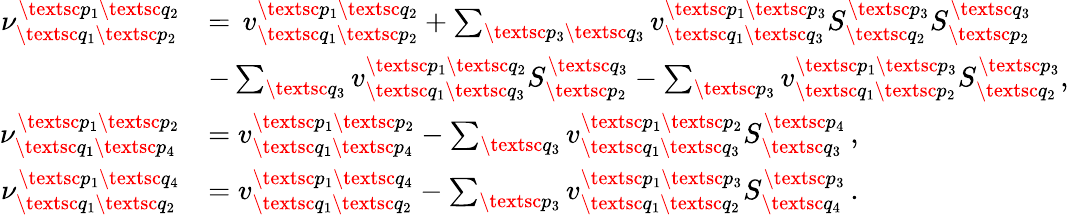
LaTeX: \begin{array}{rl}{\nu_{\textsc{q}_{1}\textsc{p}_{2}}^{\textsc{p}_{1}\textsc{q}_{2}}}&{=\, v_{\textsc{q}_{1}\textsc{p}_{2}}^{\textsc{p}_{1}\textsc{q}_{2}}+\sum_{\textsc{p}_{3}\textsc{q}_{3}}v_{\textsc{q}_{1}\textsc{q}_{3}}^{\textsc{p}_{1}\textsc{p}_{3}}S_{\textsc{q}_{2}}^{\textsc{p}_{3}}S_{\textsc{p}_{2}}^{\textsc{q}_{3}}}\\ &{-\sum_{\textsc{q}_{3}}v_{\textsc{q}_{1}\textsc{q}_{3}}^{\textsc{p}_{1}\textsc{q}_{2}}S_{\textsc{p}_{2}}^{\textsc{q}_{3}}-\sum_{\textsc{p}_{3}}v_{\textsc{q}_{1}\textsc{p}_{2}}^{\textsc{p}_{1}\textsc{p}_{3}}S_{\textsc{q}_{2}}^{\textsc{p}_{3}},}\\ {\nu_{\textsc{q}_{1}\textsc{p}_{4}}^{\textsc{p}_{1}\textsc{p}_{2}}}&{=v_{\textsc{q}_{1}\textsc{p}_{4}}^{\textsc{p}_{1}\textsc{p}_{2}}-\sum_{\textsc{q}_{3}}v_{\textsc{q}_{1}\textsc{q}_{3}}^{\textsc{p}_{1}\textsc{p}_{2}}S_{\textsc{q}_{3}}^{\textsc{p}_{4}}\, ,}\\ {\nu_{\textsc{q}_{1}\textsc{q}_{2}}^{\textsc{p}_{1}\textsc{q}_{4}}}&{=v_{\textsc{q}_{1}\textsc{q}_{2}}^{\textsc{p}_{1}\textsc{q}_{4}}-\sum_{\textsc{p}_{3}}v_{\textsc{q}_{1}\textsc{q}_{2}}^{\textsc{p}_{1}\textsc{p}_{3}}S_{\textsc{q}_{4}}^{\textsc{p}_{3}}\, .}\end{array}